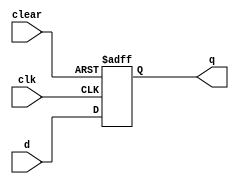
module d_ff(q,d,clk,clear);
	output reg q;
	input wire d,clk,clear;
	
	always@(posedge clk or negedge clear) begin
		if(clear==1'b0) begin
			q<=1'b0;
		end else begin
			q<=d;
		end
	end 
endmodule